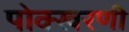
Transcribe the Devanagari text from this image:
पोक्खरणी